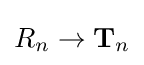
R_{n}\rightarrow \mathbf {T} _{n}